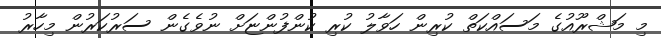
މި މަޝްރޫއުގެ މަސައްކަތް ކުރިން ހަވާލު ކުރި ކުންފުންޏަށް ނުވެގެން ސަރުކަރުން މިހާރު